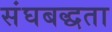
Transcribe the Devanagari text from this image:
संघबद्धता